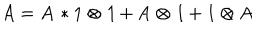
A = \mathbf { A } * \mathrm { 1 } \otimes \mathit { 1 } + \mathrm { A } \otimes \mathit { 1 } + \mathrm { 1 } \otimes \mathit { A }